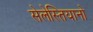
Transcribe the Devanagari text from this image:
सेलेस्तियानो